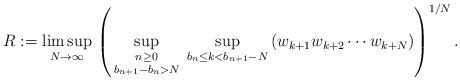
LaTeX: \begin{align*}R:=\limsup_{N\to\infty}\,\left( \sup_{\genfrac{}{}{0pt}{1}{n\ge 0}{b_{n+1}-b_{n}>N}}\,\sup_{b_{n}\le k<b_{n+1}-N}\,(w_{k+1}w_{k+2}\cdots w_{k+N})\right)^{1/N}. \end{align*}